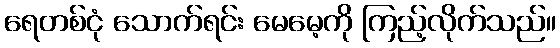
ရေတစ်ငုံ သောက်ရင်း မေမေ့ကို ကြည့်လိုက်သည်။